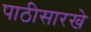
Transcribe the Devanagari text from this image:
पाठीसारखे